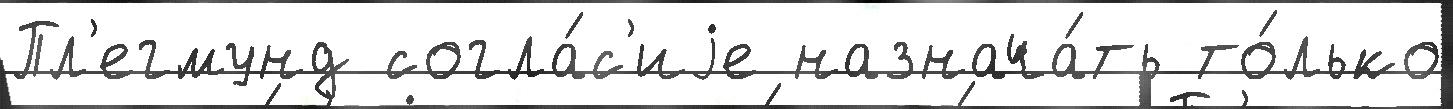
Пл'егмунд согла́с'иjе назнача́ть то́лько